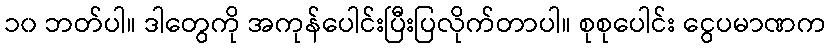
၁၀ ဘတ်ပါ။ ဒါတွေကို အကုန်ပေါင်းပြီးပြလိုက်တာပါ။ စုစုပေါင်း ငွေပမာဏက